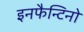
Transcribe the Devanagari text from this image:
इनफैन्टिनो